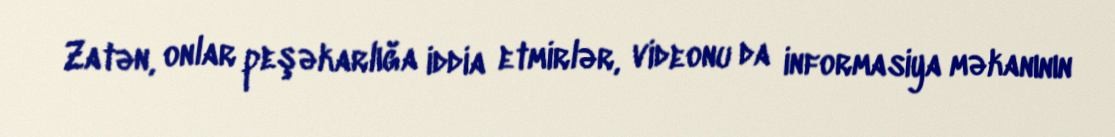
Zatən, onlar peşəkarlığa iddia etmirlər, videonu da informasiya məkanının